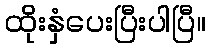
ထိုးနှံပေးပြီးပါပြီ။